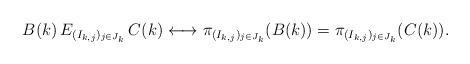
LaTeX: \begin{align*}B(k)\, E_{(I_{k,j})_{j\in J_k}}\, C(k)\longleftrightarrow\pi_{(I_{k,j})_{j\in J_k}}(B(k)) = \pi_{(I_{k,j})_{j\in J_k}}(C(k)).\end{align*}